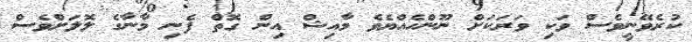
ކުރެވޭނީވެސް ވަކި ވަރަކަށް ނޫންހެއްޔެވެ މާއިޝް އިން ގޮތް ފެނި މާނާގެ ލޮލަށްވެސް